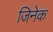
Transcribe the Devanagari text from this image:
जिनेक